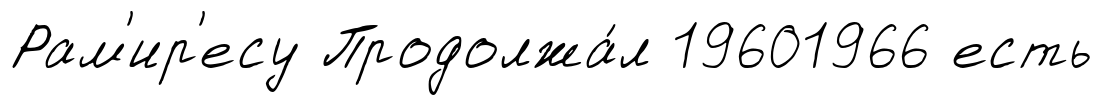
Рам'ир'есу Продолжа́л 19601966 есть